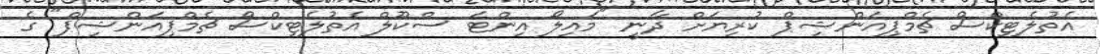
އެތުލެޓިކްސް ޗެމްޕިއަންޝިޕް ކުރިޔަށް ދާނީ "މައިލޯ އިންޓަ ސްކޫލް އެތުލެޓިކްސް ޗެމްޕިއަންޝިޕް" ގެ